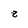
Character: 8